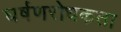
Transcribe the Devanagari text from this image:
घर्षणरोधकता